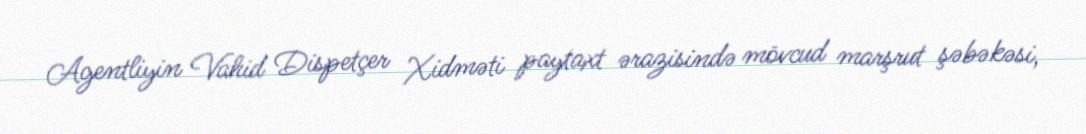
Agentliyin Vahid Dispetçer Xidməti paytaxt ərazisində mövcud marşrut şəbəkəsi,